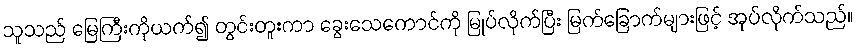
သူသည် မြေကြီးကိုယက်၍ တွင်းတူးကာ ခွေးသေကောင်ကို မြုပ်လိုက်ပြီး မြက်ခြောက်များဖြင့် အုပ်လိုက်သည်။